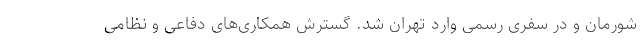
شورمان و در سفری رسمی وارد تهران شد. گسترش همکاری‌های دفاعی و نظامی